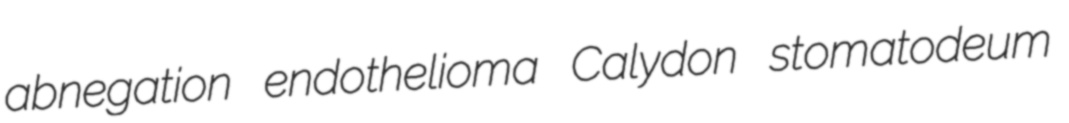
abnegation endothelioma Calydon stomatodeum